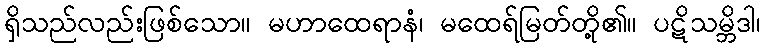
ရှိသည်လည်းဖြစ်သော။ မဟာထေရာနံ၊ မထေရ်မြတ်တို့၏။ ပဋိသမ္ဘိဒါ၊